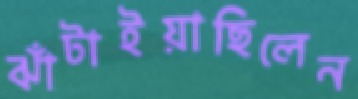
ঝাঁটাইয়াছিলেন